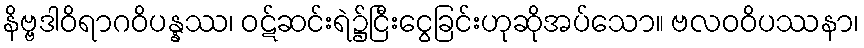
နိဗ္ဗဒါဝိရာဂဝိပန္နဿ၊ ဝဋ်ဆင်းရဲ၌ငြီးငွေခြင်းဟုဆိုအပ်သော။ ဗလဝဝိပဿနာ၊